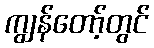
ကျွန်တော့်တွင်